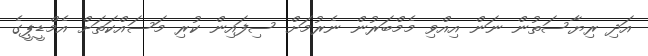
އަދި ރިޔާސަތުން ނަން އިއްވި މެމްބަރުން ނެރުމަށް ސިފައިން ކުރި މަސައްކަތަށް އެމްޑީޕީގެ